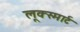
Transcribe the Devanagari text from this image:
लूक्स्मार्ट